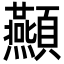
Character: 𮨤